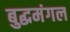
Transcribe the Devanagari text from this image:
बुद्धमंगल